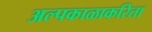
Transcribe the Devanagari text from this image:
अल्पकाळाकरिता